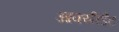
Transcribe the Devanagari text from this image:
आक्सीडैंट